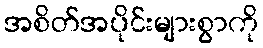
အစိတ်အပိုင်းများစွာကို